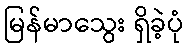
မြန်မာသွေး ရှိခဲ့ပုံ